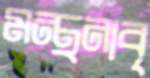
মন্থনাবৃ